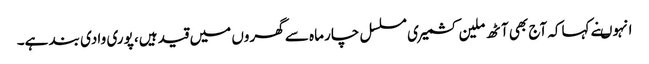
انہوںنے کہاکہ آج بھی آٹھ ملین کشمیری مسلسل چار ماہ سے گھروں میں قید ہیں، پوری وادی بند ہے۔